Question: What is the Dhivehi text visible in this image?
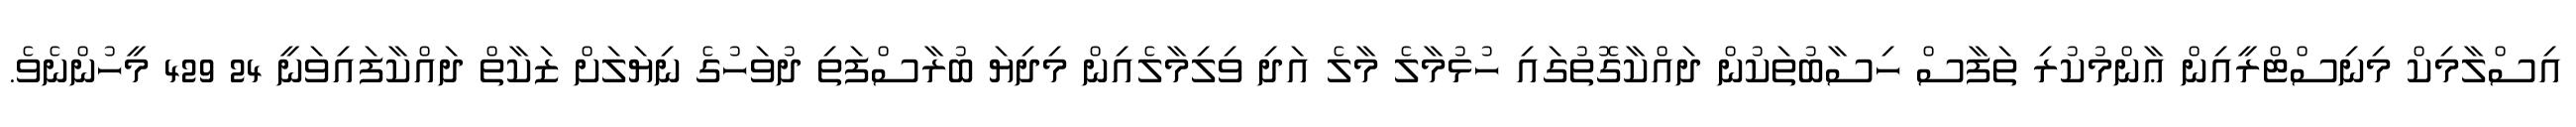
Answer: އިސްލާމިކް މިނިސްޓްރީއިން ޢާންމުކުރި ތަފާސް ހިސާބުތަކުން ދައްކާގޮތުގައި ހުޅުމާލެ މާލެ އަދި ވިލިމާލެއިން މިދިޔަ ބުރާސްފަތި ދުވަހުގެ ނިޔަލަށް ޒަކާތް ދައްކާފައިވަނީ 24 429 މީހުންނެވެ.